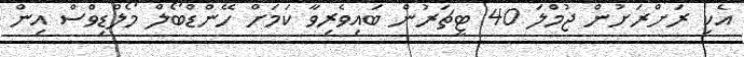
އެކި ރަށްރަށުން ޖުމްލަ 40 ޓީޗަރުން ބައިވެރިވާ ކަމަށް ހޭންޑްބޯލް މޯލްޑިވްސް އިން